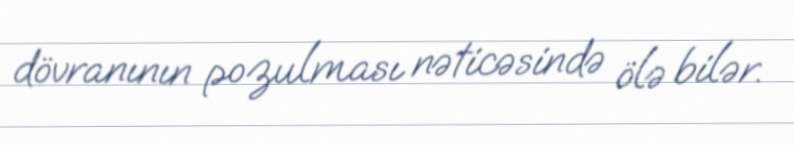
dövranının pozulması nəticəsində ölə bilər.